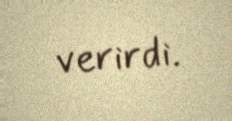
verirdi.